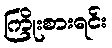
ကြိုးစားရင်း